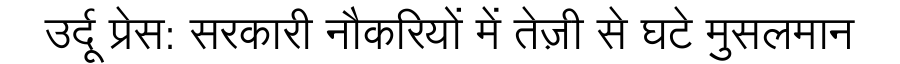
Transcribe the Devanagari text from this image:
उर्दू प्रेस: सरकारी नौकरियों में तेज़ी से घटे मुसलमान